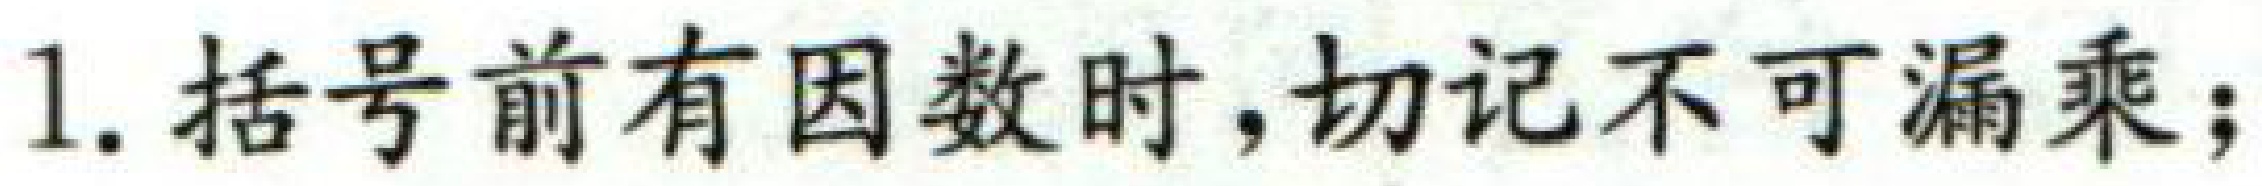
1. 括号前有因数时，切记不可漏乘；